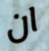
ان